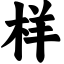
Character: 样